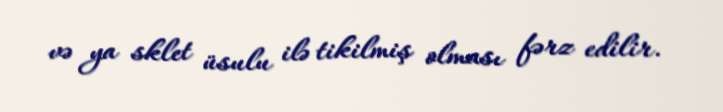
və ya sklet üsulu ilə tikilmiş olması fərz edilir.